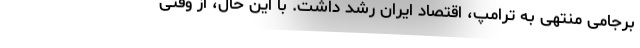
برجامی منتهی به ترامپ، اقتصاد ایران رشد داشت. با این حال، از وقتی